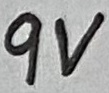
Text: 9V